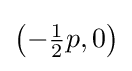
{\bigl (}{-}{\tfrac {1}{2}}p,0{\bigr )}